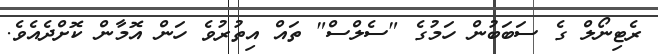
ރެޓިނޯލް ގެ ސަބަބުން ހަމުގެ "ސެލްސް" ތައް އިތުރުވެ ހަން އޮމާން ކޮށްދެއެވެ.